Medical and sanitary report of the native army of Bengal for the year
Year: 1878
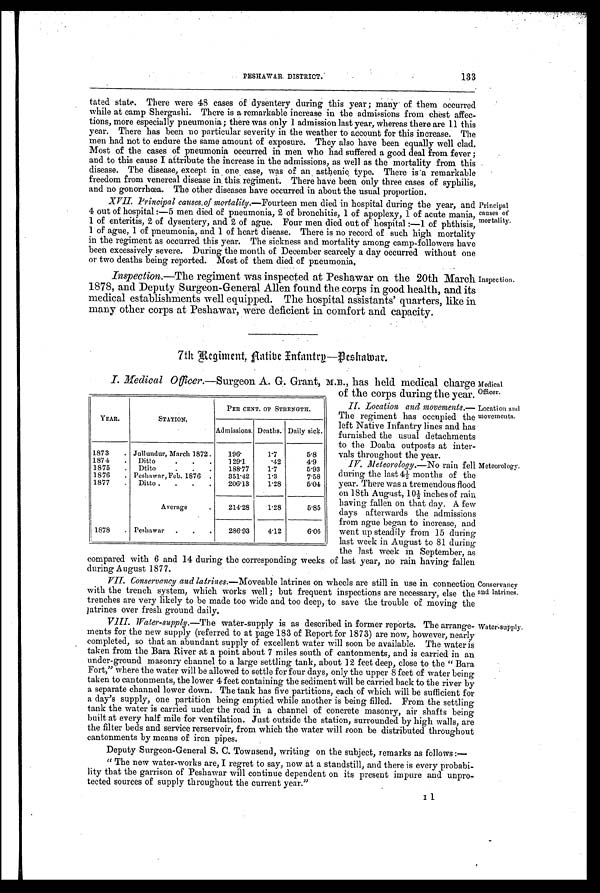
PESHAWAR. DISTRICT.
133
tated state. There were 48 cases of dysentery during this year ; many of them occurred
while at camp Shergashi. There is a remarkable increase in the admissions from chest affec-
tions, more especially pneumonia; there was only 1 admission last year, whereas there are 1.1 this
year. There has been no particular severity in the weather to account for this increase. The
men had not to endure the same amount of exposure. They also have been equally well clad.
Most of the cases of pneumonia occurred in men who had suffered a good deal from fever ;
and to this cause I attribute the increase in the admissions, as well as the mortality from this
disease. The disease, except in , one case, was of an, asthenic type. There is a remarkable
freedom from venereal disease in. this. regiment. There have been only three cases of syphilis,
and no gonorrhœa. The other diseases have occurred in about the usual proportion.
XVII. Principal causes of mortality.—Fourteen men died in hospital during the year, and
4 out of hospital :—5 men died of pneumonia, 2 of bronchitis, 1 of apoplexy, 1 of acute mania,
1 of enteritis, 2 of dysentery, and 2 of ague. Four men died out of hospital :-1 of phthisis,
1 of ague, 1 of pneumonia, and 1 of heart disease. There is no record of such high mortality
in the regiment as occurred this year. The sickness and mortality among camp-followers have
been excessively severe. During the month of December scarcely a day occurred without one
or two deaths being reported. Most of them died of pneumonia.
Inspection.—The regiment was inspected at Peshawar on the 20th March
1878, and Deputy Surgeon-General Allen found the corps in good health, and its
medical establishments well equipped. The hospital assistants' quarters, like in
many other corps at Peshawar, were deficient in comfort and capacity.
Principal
causes of
mortality.
Inspection.
7th Regiment, Aatibe Infantry—Peshawar.
I. Medical Officer.—Surgeon A. G. Grant, M.B., has held medical charge
of the corps during the year.
II. Location and movements.—
The regiment has occupied the
left Native Infantry lines and has
furnished the usual detachments
to the Doaba outposts at inter-
v a l s t h r o u g h o u t t h e y e a r .
IV. Meteorology.—No rain fell
during the last 4½ months of the
year. There was a tremendous flood
on 18th August, 10½ inches of rain
having fallen on that day. A few
days afterwards the admissions
from ague began to increase, and
went up steadily from 15 during
last week in August to 81 during
the last week in September, as
compared with 6 and 14 during the corresponding weeks of last year, no rain having fallen
during August 1877.
VII. Conservancy and latrines. —Moveable latrines on wheels are still in use in connection
with the trench system, which works well ; but frequent inspections are necessary, else the
trenches are very likely to be made too wide and too deep, to save the trouble of moving the
latrines over fresh ground daily.
YEAR.
STATION.
PER CENT. OF STRENGTH.
Admissions. Deaths. Daily sick.
1873
. Jullundur, March 1872 .
196.
1.7
5.8
1874
.
Ditto
.
.
.
129.1
. 4 2
4.9
1875
.
Dtito
.
.
.
188.77
1.7
5.93
1876
. Peshawar, Feb. 1876 .
351.42
1.3
7.58
1877
.
Ditto .
.
.
.
206.13
1.28
5.04
Average
.
214.28
1.28
5.85
1878
. Peshawar
.
.
.
286.93
4.12
6.06
Medical
Officer.
Location and
movements.
Meteorology.
Conservancy
and latrines.
VIII. Water-supply. —The water-supply is as described in former reports. The arrange-
ments for the new supply (referred to at page 183 of Report for 1873) are now, however, nearly
completed, so that an abundant supply of excellent water will soon be available. The water is
taken from the Barn River at a point about 7 miles south of cantonments, and is carried in an
under-ground masonry channel to a large settling tank, about 12 feet deep, close to the " Bara
Fort," where the water will be allowed to settle for four days, only the upper 8 feet of water being
taken to cantonments, the lower 4 feet containing the sediment will be carried back to the river by
a separate channel lower down. The tank has five partitions, each of which will be sufficient for
a day's supply, one partition being emptied while another is being filled. From the settling
tank the water is carried under the road in a channel of concrete masonry, air shafts being
built at every half mile for ventilation. Just outside the station, surrounded by high walls, are
the filter beds and service rerservoir, from which the water will soon be distributed throughout
cantonments by means of iron pipes.
Deputy Surgeon-General S. C. Townsend, writing on the subject, remarks as follows :—
" The new water-works are, I regret to say, now at a standstill, and there is every probabi-
lity that the garrison of Peshawar will continue dependent on its present impure and unpro-
tected sources of supply throughout the current year."
I1
Water supply.